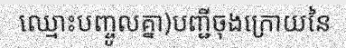
ឈ្មោះបញ្ចូលគ្នា)បញ្ជីចុងក្រោយនៃ